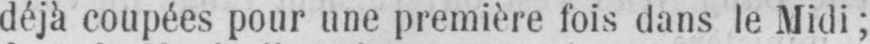
déjà coupées pour une première fois dans le Midi;